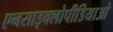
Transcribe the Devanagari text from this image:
एनसाइक्लोपीडियाओ